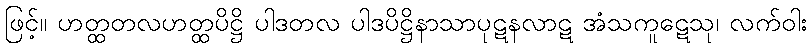
ဖြင့်။ ဟတ္ထတလဟတ္ထပိဋ္ဌိ ပါဒတလ ပါဒပိဋ္ဌိနာသာပုဋနလာဋ အံသကူဋေသု၊ လက်ဝါး